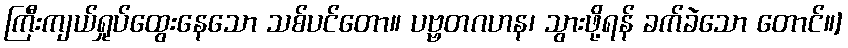
ကြီးကျယ်ရှုပ်ထွေးနေသော သစ်ပင်တော။ ပဗ္ဗတဂဟန၊ သွားဖို့ရန် ခက်ခဲသော တောင်။]